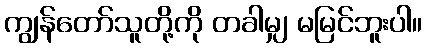
ကျွန်တော်သူတို့ကို တခါမျှ မမြင်ဘူးပါ။